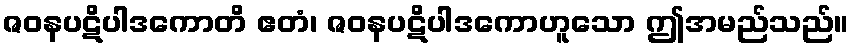
ဇဝနပဋိပါဒကောတိ ဧတံ၊ ဇဝနပဋိပါဒကောဟူသော ဤအမည်သည်။